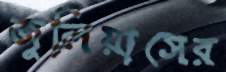
জুলিয়াসের